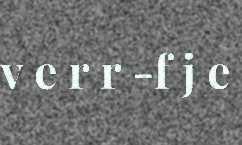
v e r r -f j e